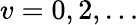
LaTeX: v=0,2,\ldots